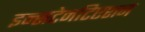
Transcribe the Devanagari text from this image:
इन्सटेनटिएशन